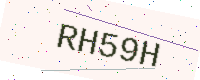
Text: RH59H